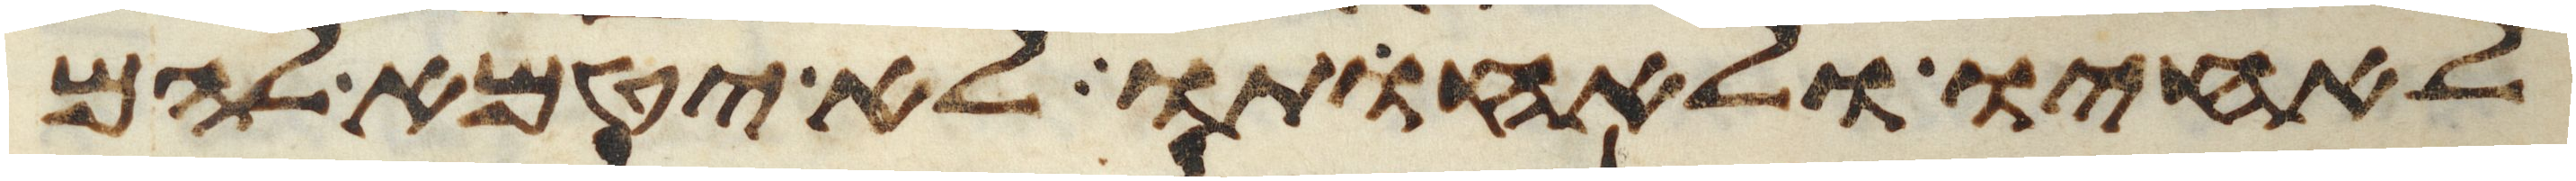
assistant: לאחיו ולאחותו לא יטמא להם